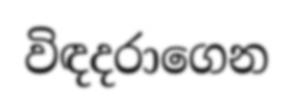
විඳදරාගෙන